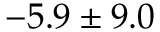
- 5 . 9 \pm 9 . 0